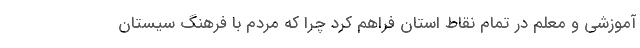
آموزشی و معلم در تمام نقاط استان فراهم کرد چرا که مردم با فرهنگ سیستان